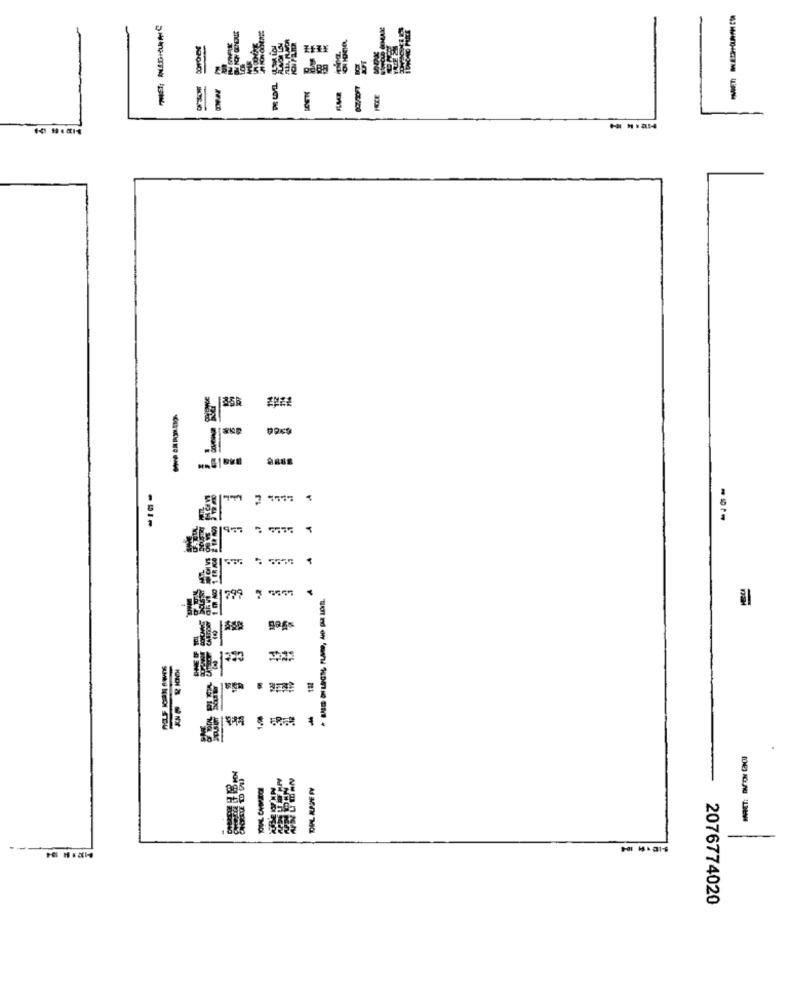
----
2.7777 1
DEL RISE FY
2076774020